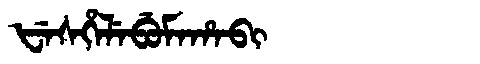
Manchu: ᡶᡝᠰᡥᡝᠯᡝᠪᡠᠮᠠᡥᠠᠪᡳ
Romanization: FESHELEBUMAHABI